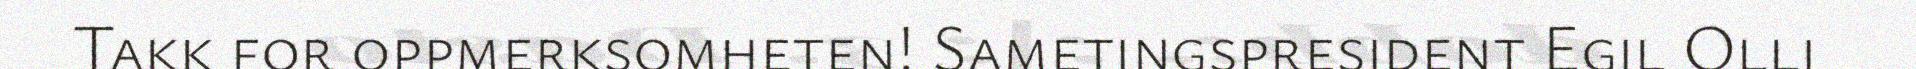
Takk for oppmerksomheten! Sametingspresident Egil Olli